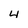
Character: 4